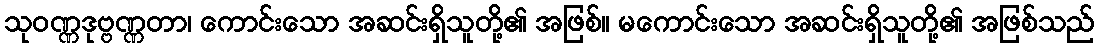
သုဝဏ္ဏဒုဗ္ဗဏ္ဏတာ၊ ကောင်းသော အဆင်းရှိသူတို့၏ အဖြစ်။ မကောင်းသော အဆင်းရှိသူတို့၏ အဖြစ်သည်